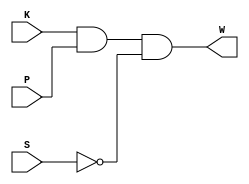
`timescale 1ns / 1ps
//////////////////////////////////////////////////////////////////////////////////
// Company: 
// Engineer: 
// 
// Design Name: 
// Module Name:    BeltWarnStr 
// Project Name: 
// Target Devices: 
// Tool versions: 
// Description: 
//
// Dependencies: 
//
// Revision: 
// Revision 0.01 - File Created
// Additional Comments: 
//
//////////////////////////////////////////////////////////////////////////////////
module BeltWarnStr(K, P, S, W);
	input K, P, S;
	output W;
	
	wire N1, N2;
	
	and And_1(N1, K, P);
	not Inv_1(N2, S);
	and And_2(W, N1, N2);

endmodule